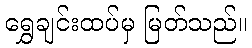
ရွှေချင်းထပ်မှ မြတ်သည်။